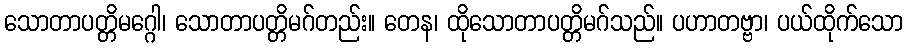
သောတာပတ္တိမဂ္ဂေါ၊ သောတာပတ္တိမဂ်တည်း။ တေန၊ ထိုသောတာပတ္တိမဂ်သည်။ ပဟာတဗ္ဗာ၊ ပယ်ထိုက်သော